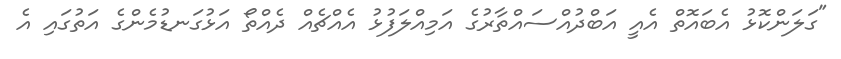
"ގަލަންކޮޅު އެބައޮތް އެއީ އަބްދުއްސައްތާރުގެ އަމިއްލަފުޅު އެއްޗެއް ދެއްތޯ އަޅުގަނޑުމެންގެ އަތުގައި އެ